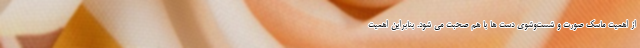
از اهمیت ماسک صورت و شست‌وشوی دست ها با هم صحبت می شود. بنابراین اهمیت